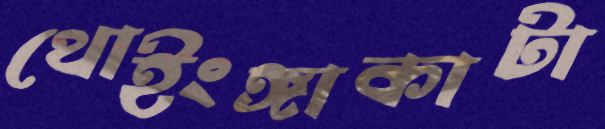
থোইংঙ্গাকাটা